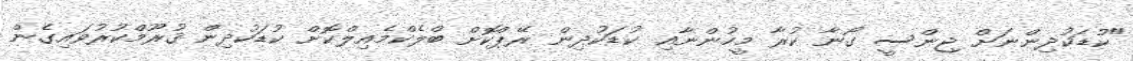
"ކުޑަކުދިންނަށް ޖިންސީ ގޯނާ ކުރާ މީހުންނާއި ކުޑަކުދިން ރޭޕްކޮށް ބްލެކްމެއިލްކޮށް ކުޑަކުދިން ޤުރޫމްކުރުވައިގެން